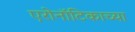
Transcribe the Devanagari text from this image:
एरोनॉटिकाच्या